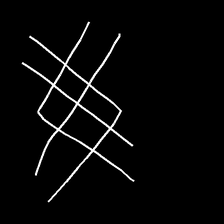
Glyph: crystal